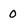
Character: 0